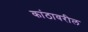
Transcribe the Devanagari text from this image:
कांठावरील